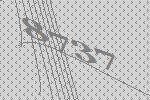
8737